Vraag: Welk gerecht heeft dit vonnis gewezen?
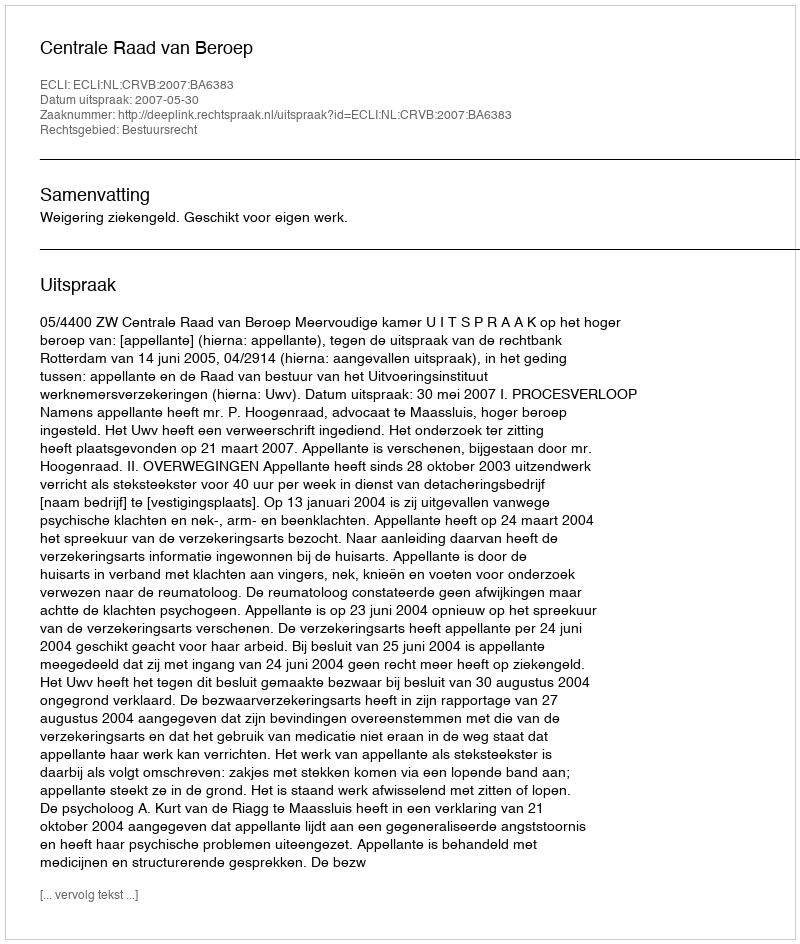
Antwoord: Centrale Raad van Beroep